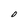
Character: 0